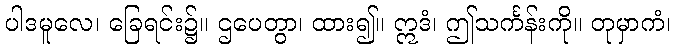
ပါဒမူလေ၊ ခြေရင်း၌။ ဌပေတွာ၊ ထား၍။ ဣဒံ၊ ဤသင်္ကန်းကို။ တုမှာကံ၊